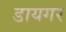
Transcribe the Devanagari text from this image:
डायगर